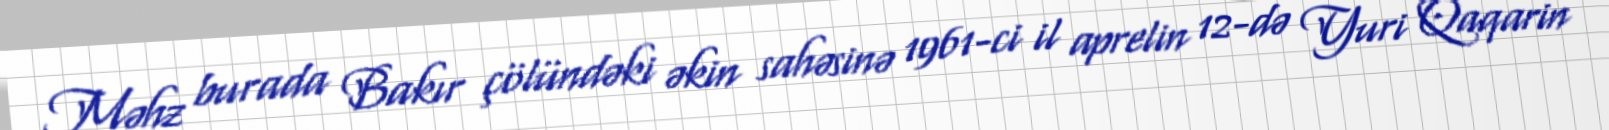
Məhz burada Bakır çölündəki əkin sahəsinə 1961-ci il aprelin 12-də Yuri Qaqarin